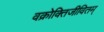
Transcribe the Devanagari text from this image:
वक्रोक्तिजीवितम्